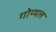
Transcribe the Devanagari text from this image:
गोप्थल